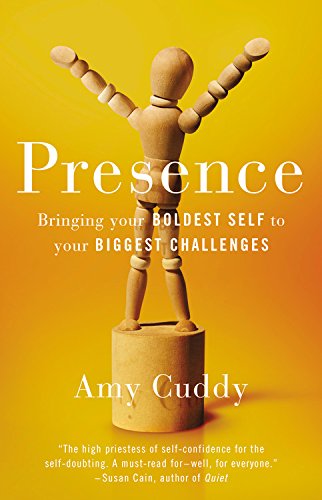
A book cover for Presence: Bringing Your Boldest Self to Your Biggest Challenges; Amy Cuddy; Health, Fitness & Dieting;